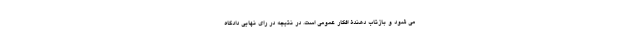
می شود و بازتاب دهندۀ افکار عمومی است. در نتیجه در رای نهایی دادگاه